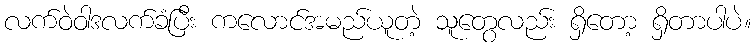
လက်ဝဲဝါဒလက်ခံပြီး ကလောင်အမည်ယူတဲ့ သူတွေလည်း ရှိတော့ ရှိတာပါပဲ။